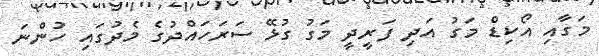
މަގާއި އޯކިޑް މަގު އަދި ފަރީދީ މަގު ގުޅޭ ސަރަހައްދުގެ މެދުގައި ހުންނަ